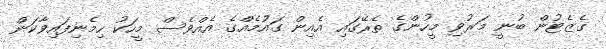
ގެޒެޓުން ބުނީ މަރުވި މީހުންގެ ތެރޭގައި އެއިން ގައުމެއްގެ އެއްވެސް މީހަކު ހިމެނިފައިވާކަން